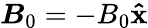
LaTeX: \boldsymbol{B}_{0}=-B_{0}\mathbf{\hat{x}}